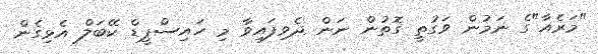
"މަރެއާ"ގެ ނަމުން ވަގުތީ ގޮތުން ނަން ދެވިފައިވާ މި ހައިސްޕީޑް ކޭބަލް އެޅިގެން